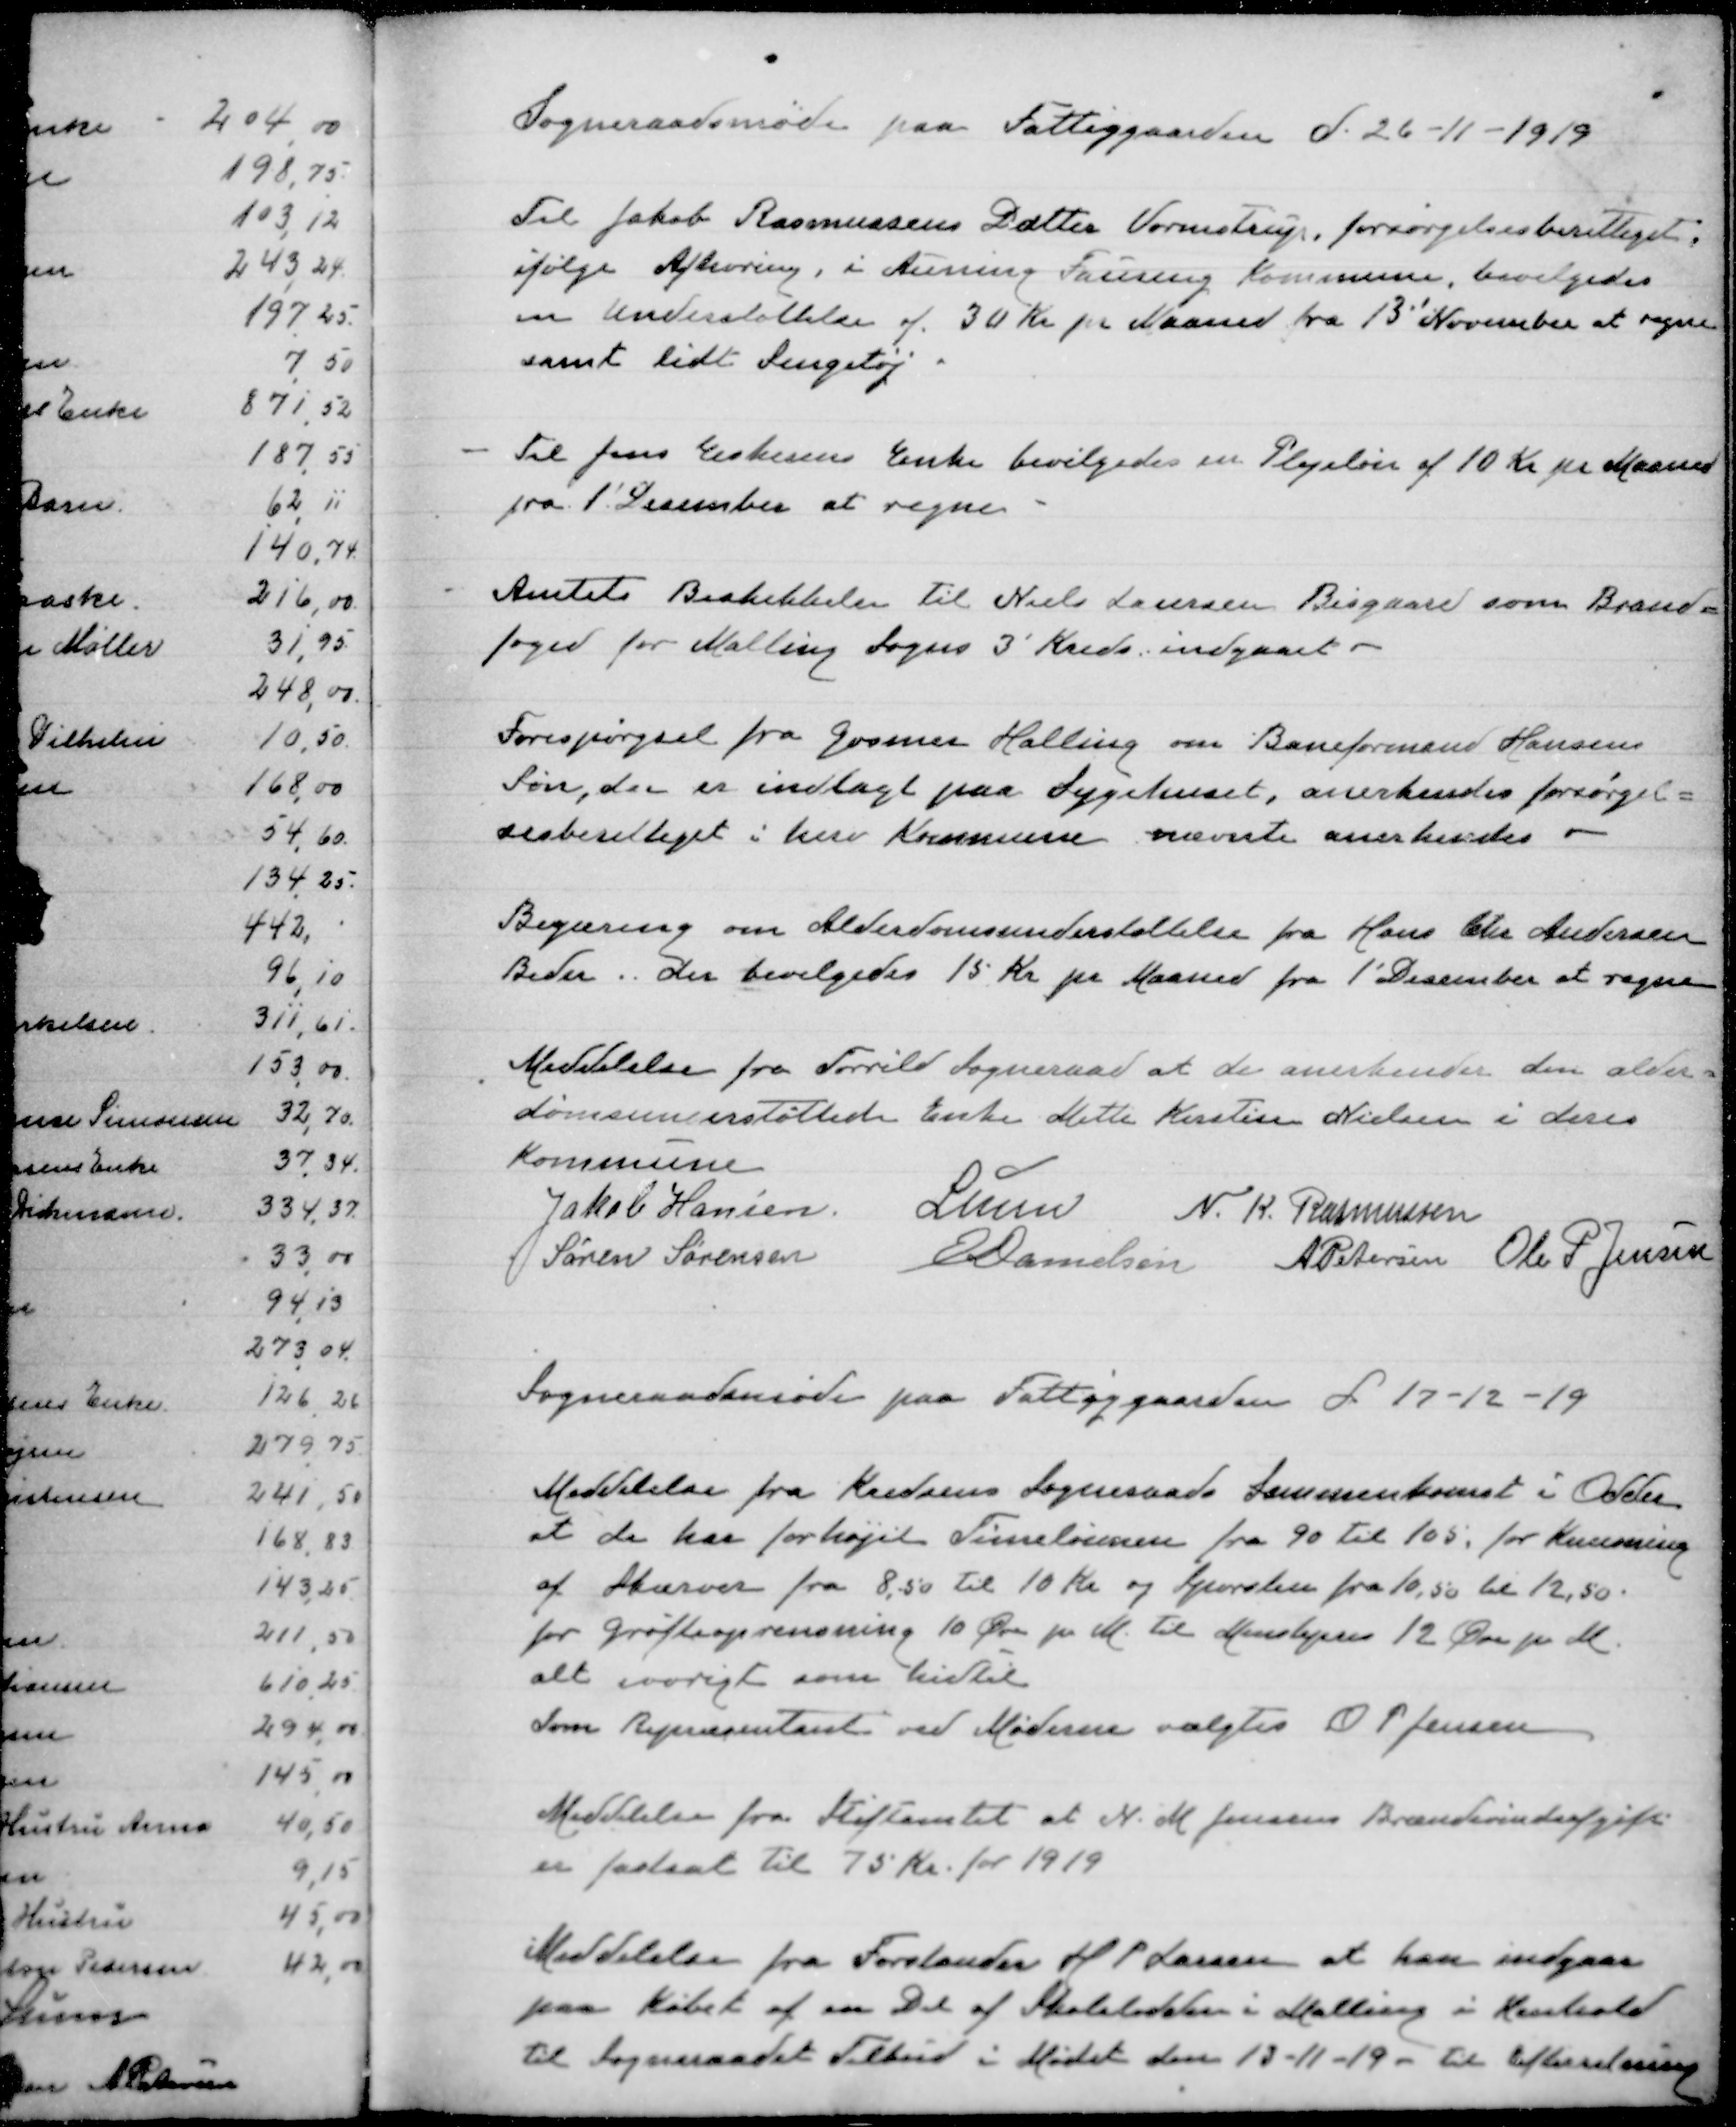
Transskription:
Sogneraadsmøde paa Fattiggaarden d. 26-11-1919

Til Jakob Rasmussens Datter Vormstrup, forsørgelsesberettiget:
ifølge Afhøring, i Auning  Fausing Kommune bevilgedes
en understøttelse af 30 Kr pr Maaned fra 13' November at regne
samt lidt sengetøj

Til Jens Eskesens Enke bevilgedes en Plejeløn af 10 Kr pr Maaned
fra 1' December at regne

Amtets Beskikkelse til Niels Laursen Bisgaard som Brand=
foged for Malling Sogns 3' Kreds indgaaet

Forespørgsel fra Gunnar Halling om Baneformand Hansens
søn, der er indlagt paa Sygehuset, anerkendes forsørgel=
sesberettiget i herv Kommune nævnte anerkendes

Begæring om Alderdomsunderstøttelse fra Hans Chr. Andersen
Beder. der bevilgedes 15 Kr pr Maaned fra 1' December at regne

Meddelelse fra Torrild Sogneraad at de anerkender den alder=
domsunderstøttede Enke Mette Kirstine Nielsen i deres
Kommune
Jakob Hansen
Lunn
N. K. Rasmussen
Søren Sørensen
E Danielsen
A Petersen
Ole P Jensen

Sogneraadsmøde paa Fattiggaarden d. 17-12-19

Meddelelse fra Kredsens Sogneraads Sammenkomst i Odder
at de har forhøjet Timelønnen fra 90 til 105 for Knusning
af Skærver fra 8,50 til 10 Kr og Sporsten fra 10,50 til 12,50.
for grøftlagsrensning 10 Øre pr M til Minstepris 12 Øre pr M.
alt iøvrigt som hidtil.
Som Repræsentant ved Møderne valgtes O P Jensen

Meddelelse fra Stiftamtet at N. M. Jensens Brændevinsafgift
er fastsat til 75 Kr for 1919

Meddelelse fra Forstander H P Larsen at han indgaar
paa Købet af en Del af Skolelodden i Malling i Henhold
til Sogneraadet Tilbud i Mødet den 13-11-19- til efterretning